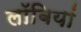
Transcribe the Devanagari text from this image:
लॉबियां